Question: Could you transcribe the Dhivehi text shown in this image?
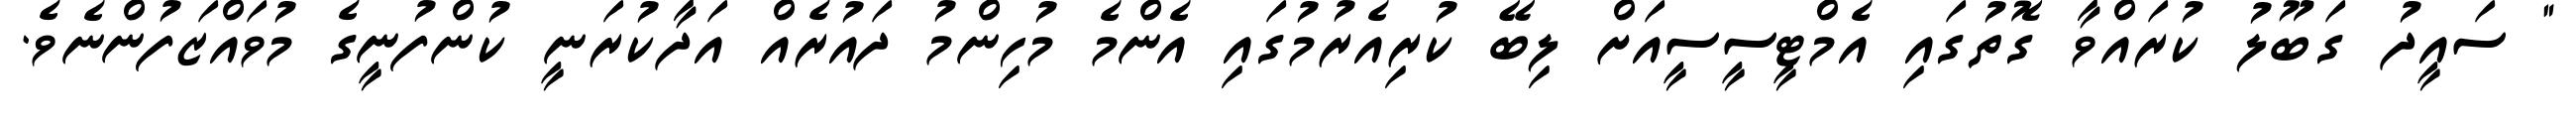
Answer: " ސައީދު ގަބޫލު ކުރައްވާ ގޮތުގައި އެމްޓީސީސީއަށް ލިބޭ ކުރިއެރުމުގައި އެންމެ މުހިންމު ދައުރެއް އަދާކުރަނީ ކުންފުނީގެ މުވައްޒަފުންނެވެ.